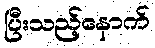
ပြီးသည့်နောက်